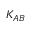
K _ { A B }